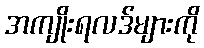
အကျိုးရလဒ်များကို